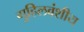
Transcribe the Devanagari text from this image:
गुहिलवंशीय